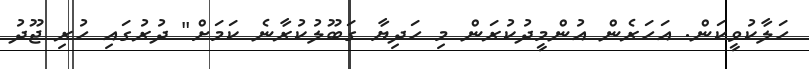
ހަލާކުވީކަން. އަހަރެން އުންމީދުކުރަން މި ހަދިޔާ ގަބޫލުކުރާނެ ކަމަށް" ދުރުގައި ހުރި ޖޫދު